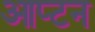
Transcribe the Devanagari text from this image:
आप्टन